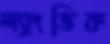
ল্যাংভিক